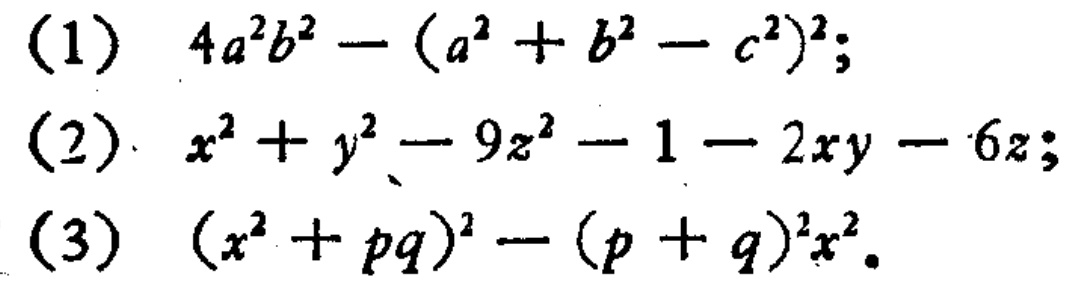
(1) \(4a^{2}b^{2}-(a^{2}+b^{2}-c^{2})^{2}\);

(2) \(x^{2}+y^{2}-9z^{2}-1 - 2xy - 6z\);

(3) \((x^{2}+pq)^{2}-(p + q)^{2}x^{2}\)